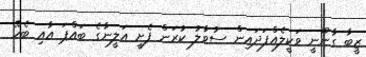
ޒީބާ ގާނޫނީ ވަކީލެއްފަދައިން ސުވާލު ކުރަން ފެށީ އަލީނާގެ ބައްޕަ އާއި ބެހޭ